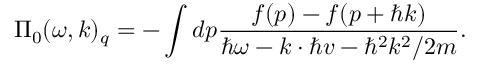
\Pi _ { 0 } ( \omega , \boldsymbol { k } ) _ { q } = - \int d \boldsymbol { p } \frac { f ( \boldsymbol { p } ) - f ( \boldsymbol { p } + \hbar \boldsymbol { k } ) } { \hbar \omega - \boldsymbol { k } \cdot \hbar \boldsymbol { v } - \hbar ^ { 2 } k ^ { 2 } / 2 m } .